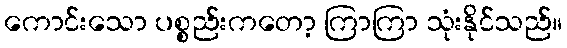
ကောင်းသော ပစ္စည်းကတော့ ကြာကြာ သုံးနိုင်သည်။